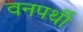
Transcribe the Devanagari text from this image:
वनपर्थी